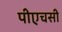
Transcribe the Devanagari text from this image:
पीएचसी